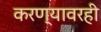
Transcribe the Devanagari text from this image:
करण्यावरही